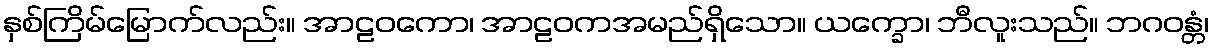
နှစ်ကြိမ်မြောက်လည်း။ အာဠဝကော၊ အာဠဝကအမည်ရှိသော။ ယက္ခော၊ ဘီလူးသည်။ ဘဂဝန္တံ၊